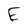
Character: E